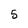
Character: 5